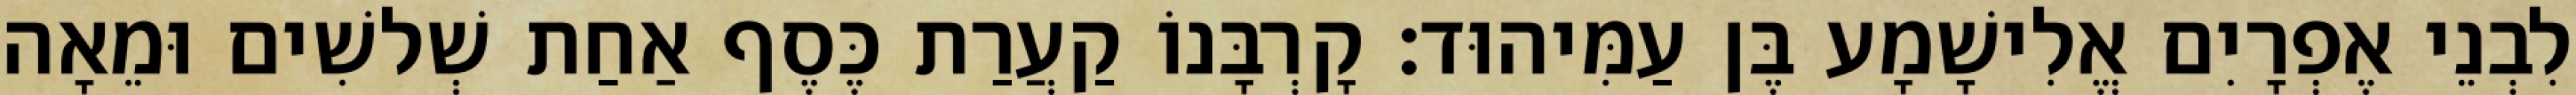
לִבְנֵי אֶפְרָיִם אֱלִישָׁמָע בֶּן עַמִּיהוּד׃ קָרְבָּנוֹ קַעֲרַת כֶּסֶף אַחַת שְׁלשִׁים וּמֵאָה